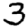
Digit: 3